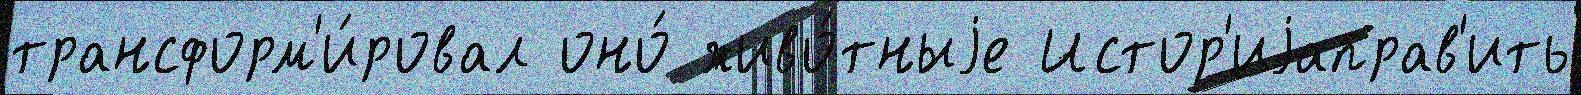
трансформ'и́ровал оно́ живо́тныjе Истор'иjаправ'ить